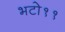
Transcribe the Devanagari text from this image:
भटो११